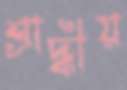
শ্রাদ্ধীয়